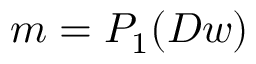
m = P _ { 1 } ( D w )